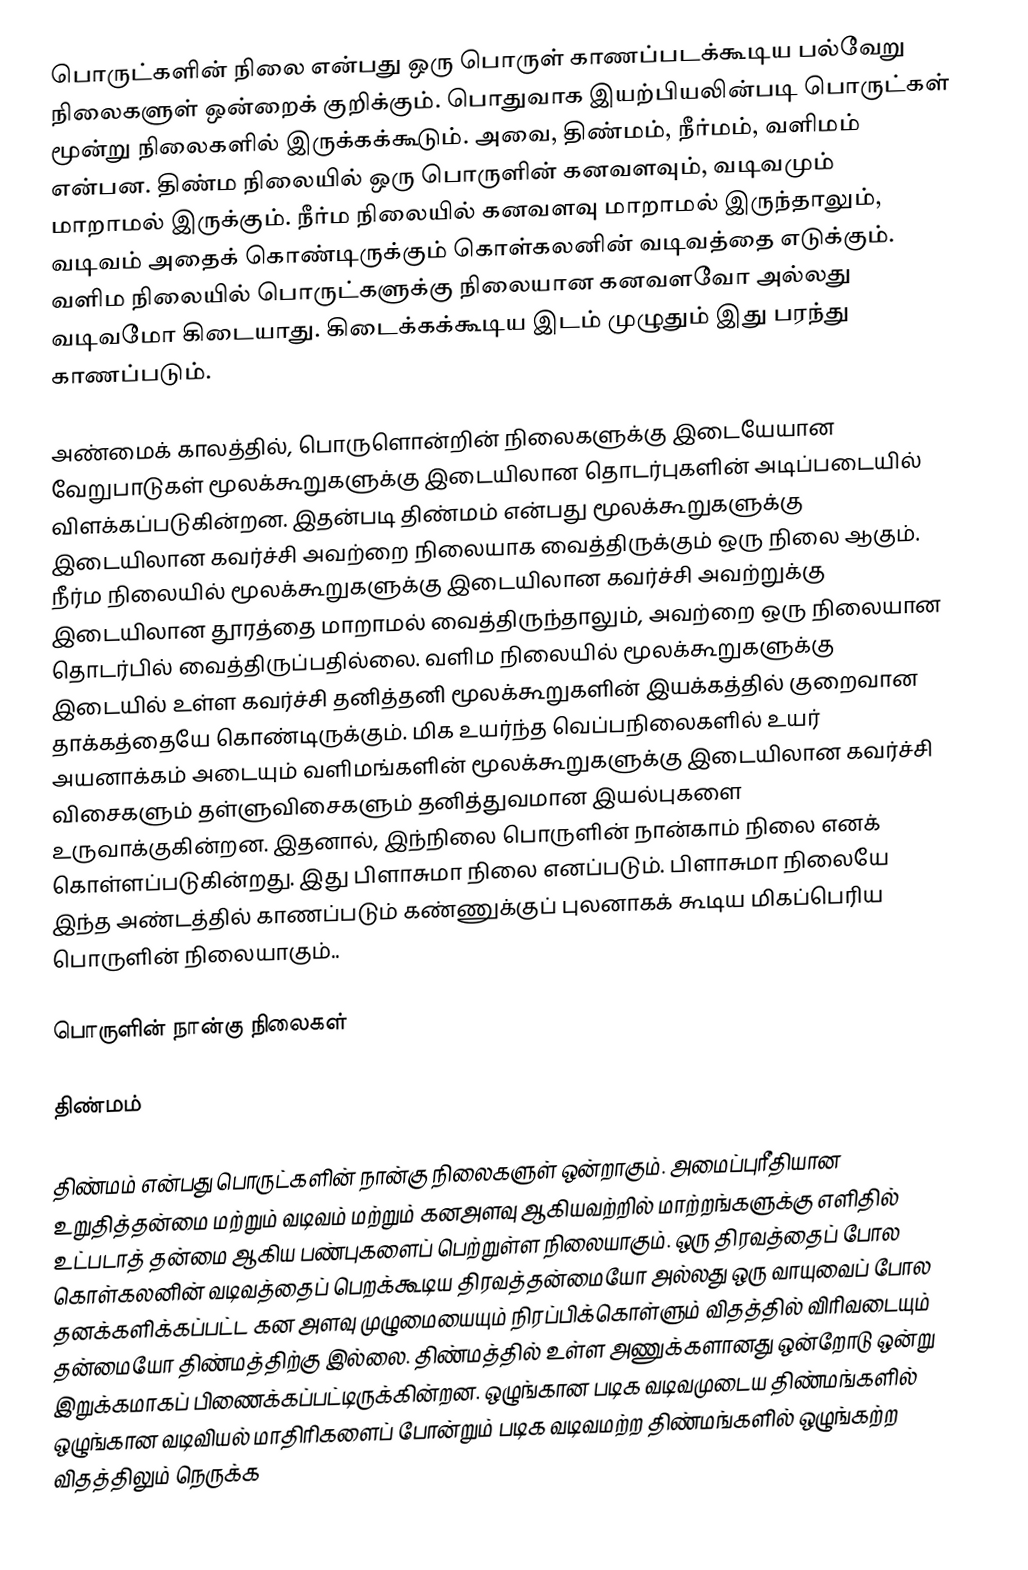
பொருட்களின் நிலை என்பது ஒரு பொருள் காணப்படக்கூடிய பல்வேறு நிலைகளுள் ஒன்றைக் குறிக்கும். பொதுவாக இயற்பியலின்படி பொருட்கள் மூன்று நிலைகளில் இருக்கக்கூடும். அவை, திண்மம், நீர்மம், வளிமம் என்பன. திண்ம நிலையில் ஒரு பொருளின் கனவளவும், வடிவமும் மாறாமல் இருக்கும். நீர்ம நிலையில் கனவளவு மாறாமல் இருந்தாலும், வடிவம் அதைக் கொண்டிருக்கும் கொள்கலனின் வடிவத்தை எடுக்கும். வளிம நிலையில் பொருட்களுக்கு நிலையான கனவளவோ அல்லது வடிவமோ கிடையாது. கிடைக்கக்கூடிய இடம் முழுதும் இது பரந்து காணப்படும்.

அண்மைக் காலத்தில், பொருளொன்றின் நிலைகளுக்கு இடையேயான வேறுபாடுகள் மூலக்கூறுகளுக்கு இடையிலான தொடர்புகளின் அடிப்படையில் விளக்கப்படுகின்றன. இதன்படி திண்மம் என்பது மூலக்கூறுகளுக்கு இடையிலான கவர்ச்சி அவற்றை நிலையாக வைத்திருக்கும் ஒரு நிலை ஆகும். நீர்ம நிலையில் மூலக்கூறுகளுக்கு இடையிலான கவர்ச்சி அவற்றுக்கு இடையிலான தூரத்தை மாறாமல் வைத்திருந்தாலும், அவற்றை ஒரு நிலையான தொடர்பில் வைத்திருப்பதில்லை. வளிம நிலையில் மூலக்கூறுகளுக்கு இடையில் உள்ள கவர்ச்சி தனித்தனி மூலக்கூறுகளின் இயக்கத்தில் குறைவான தாக்கத்தையே கொண்டிருக்கும். மிக உயர்ந்த வெப்பநிலைகளில் உயர் அயனாக்கம் அடையும் வளிமங்களின் மூலக்கூறுகளுக்கு இடையிலான கவர்ச்சி விசைகளும் தள்ளுவிசைகளும் தனித்துவமான இயல்புகளை உருவாக்குகின்றன. இதனால், இந்நிலை பொருளின் நான்காம் நிலை எனக் கொள்ளப்படுகின்றது. இது பிளாசுமா நிலை எனப்படும். பிளாசுமா நிலையே இந்த அண்டத்தில் காணப்படும் கண்ணுக்குப்  புலனாகக் கூடிய மிகப்பெரிய பொருளின் நிலையாகும்..

பொருளின் நான்கு நிலைகள்

திண்மம்

திண்மம் என்பது பொருட்களின் நான்கு நிலைகளுள் ஒன்றாகும்.  அமைப்புரீதியான உறுதித்தன்மை மற்றும் வடிவம் மற்றும் கனஅளவு ஆகியவற்றில் மாற்றங்களுக்கு எளிதில் உட்படாத் தன்மை ஆகிய பண்புகளைப் பெற்றுள்ள நிலையாகும். ஒரு திரவத்தைப் போல கொள்கலனின் வடிவத்தைப் பெறக்கூடிய திரவத்தன்மையோ அல்லது ஒரு வாயுவைப் போல தனக்களிக்கப்பட்ட கன அளவு முழுமையையும் நிரப்பிக்கொள்ளும் விதத்தில் விரிவடையும் தன்மையோ திண்மத்திற்கு இல்லை. திண்மத்தில் உள்ள அணுக்களானது ஒன்றோடு ஒன்று இறுக்கமாகப் பிணைக்கப்பட்டிருக்கின்றன. ஒழுங்கான படிக வடிவமுடைய திண்மங்களில் ஒழுங்கான வடிவியல் மாதிரிகளைப் போன்றும் படிக வடிவமற்ற திண்மங்களில் ஒழுங்கற்ற விதத்திலும் நெருக்க